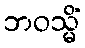
ဘဝသ္မိံ